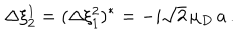
\Delta \xi _ { 2 } ^ { 1 } = ( \Delta \xi _ { 1 } ^ { 2 } ) ^ { * } = - i \sqrt { 2 } \, \mu _ { D } \, a \, .